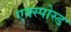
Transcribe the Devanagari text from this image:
एक्स्पोस्ड